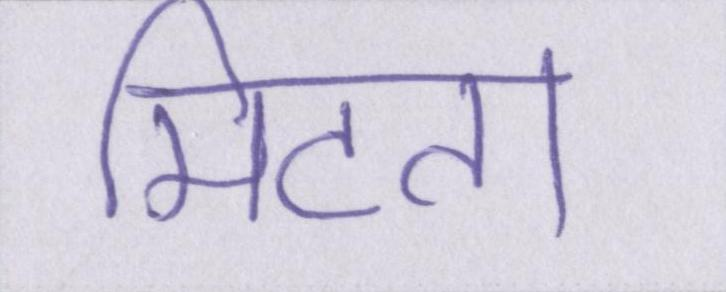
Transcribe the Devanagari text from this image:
मिटता